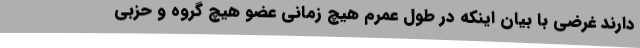
دارند غرضی با بیان اینکه در طول عمرم هیچ زمانی عضو هیچ گروه و حزبی